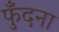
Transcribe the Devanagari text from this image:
फुँदना